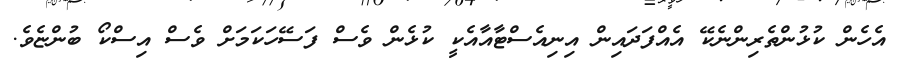
އެހެން ކުޅުންތެރިންނެކޭ އެއްފަދައިން އިނިއެސްޓާއާއެކީ ކުޅެން ވެސް ފަސޭހަކަމަށް ވެސް އިސްކޯ ބުންޏެވެ.